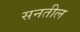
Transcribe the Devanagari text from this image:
सनतील